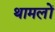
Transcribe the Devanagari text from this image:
थामलों